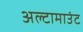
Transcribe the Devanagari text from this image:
अल्टामाउंट